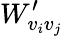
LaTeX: W_{v_{i}v_{j}}^{\prime}